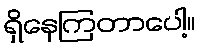
ရှိနေကြတာပေါ့။